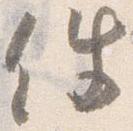
件